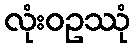
လုံးဝဥဿုံ